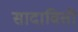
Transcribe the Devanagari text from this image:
सादाविती